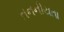
તનનીયતા